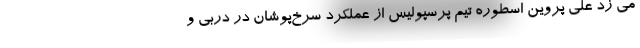
می زد علی پروین اسطوره تیم پرسپولیس از عملکرد سرخ‌پوشان در دربی و